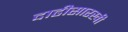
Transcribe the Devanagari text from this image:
दाढीसारखी